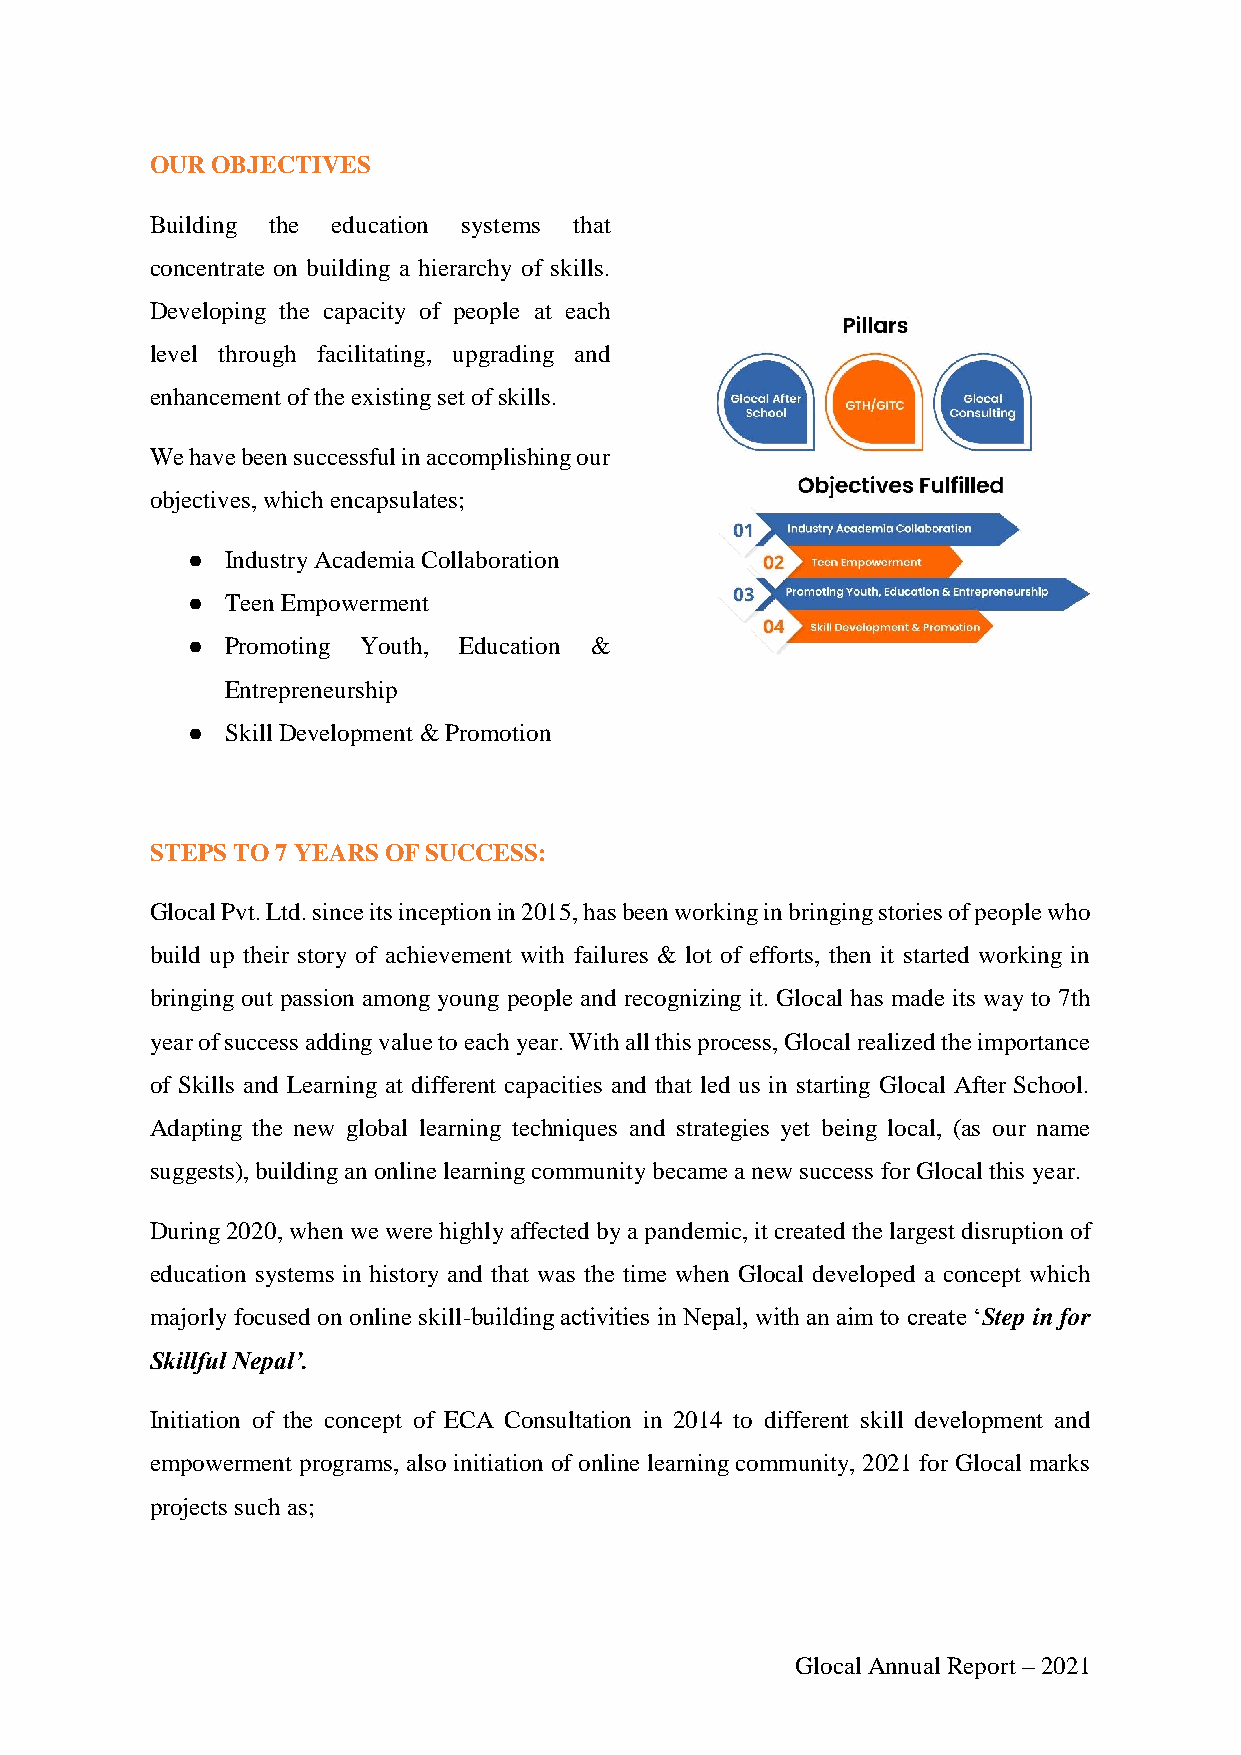
OUR OBJECTIVES
 Building the education systems that
 concentrate on building a hierarchy of skills.
 Developing the capacity of people at each
 level through facilitating, upgrading and
 enhancement of the existing set of skills.
 We have been successful in accomplishing our
 objectives, which encapsulates;
 ●  Industry Academia Collaboration
 ●  Teen Empowerment
 ●  Promoting Youth, Education &
 Entrepreneurship
 ●  Skill Development & Promotion
 STEPS TO 7 YEARS OF SUCCESS:
 Glocal Pvt. Ltd. since its inception in 2015, has been working in bringing stories of people who
 build up their story of achievement with failures & lot of efforts, then it started working in
 bringing out passion among young people and recognizing it. Glocal has made its way to 7th
 year of success adding value to each year. With all this process, Glocal realized the importance
 of Skills and Learning at different capacities and that led us in starting Glocal After School.
 Adapting the new global learning techniques and strategies yet being local, (as our name
 suggests), building an online learning community became a new success for Glocal this year.
 During 2020, when we were highly affected by a pandemic, it created the largest disruption of
 education systems in history and that was the time when Glocal developed a concept which
 majorly focused on online skill-building activities in Nepal, with an aim to create ‘Step in for
 Skillful Nepal’.
 Initiation of the concept of ECA Consultation in 2014 to different skill development and
 empowerment programs, also initiation of online learning community, 2021 for Glocal marks
 projects such as;
 Glocal Annual Report – 2021